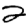
Digit: 2